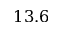
1 3 . 6